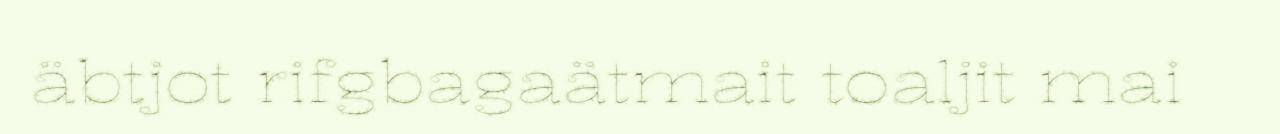
äbtjot rifgbagaätmait toaljit mai